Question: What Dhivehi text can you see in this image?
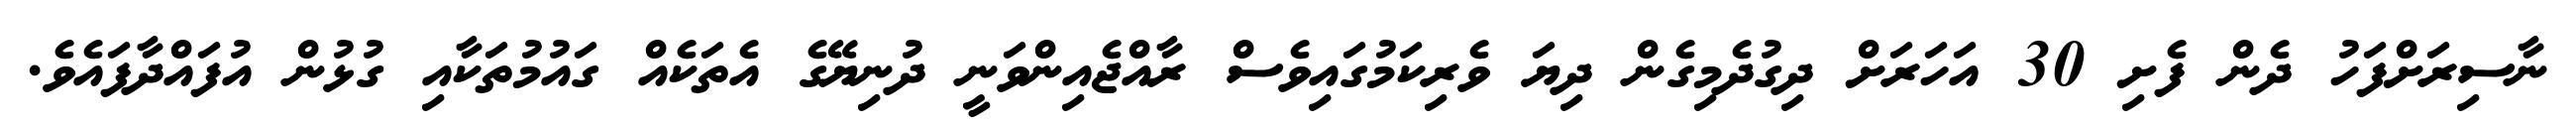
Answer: ނާސިރަށްފަހު ދެން ފެށި 30 އަހަރަށް ދިގުދެމިގެން ދިޔަ ވެރިކަމުގައިވެސް ރާއްޖެއިންވަނީ ދުނިޔޭގެ އެތަކެއް ގައުމުތަކާއި ގުޅުން އުފައްދާފައެވެ.